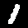
Label: 1